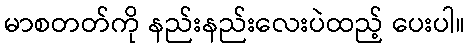
မာစတတ်ကို နည်းနည်းလေးပဲထည့် ပေးပါ။